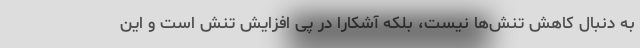
به دنبال کاهش تنش‌ها نیست، بلکه آشکارا در پی افزایش تنش‌ است و این